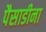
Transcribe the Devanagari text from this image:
पैसाडीना